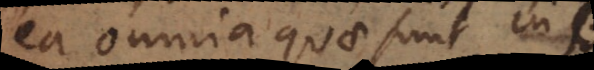
ea omnia quae sunt in